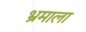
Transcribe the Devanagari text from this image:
भ्रमाला